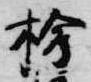
桧